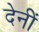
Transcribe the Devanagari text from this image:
देनीं